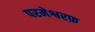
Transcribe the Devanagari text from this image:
परमेश्वरफ़